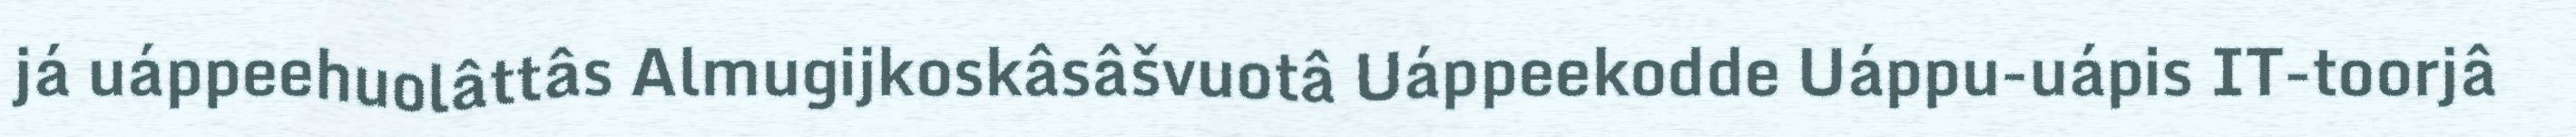
já uáppeehuolâttâs Almugijkoskâsâšvuotâ Uáppeekodde Uáppu-uápis IT-toorjâ